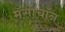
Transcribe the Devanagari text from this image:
मॅसोचॉन